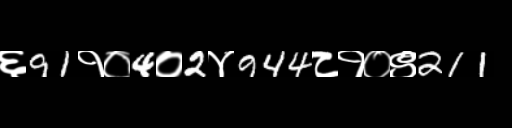
Text: ६91१०4०2४944८१०९211